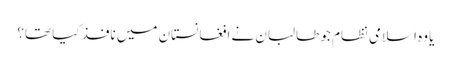
یا وہ اسلامی نظام جو طالبان نے افغانستان میں نافذ کیا تھا؟